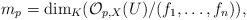
LaTeX: \begin{align*}m_p=\dim_{K} (\mathcal{O}_{p,X}(U)/(f_1,\ldots,f_n)),\end{align*}